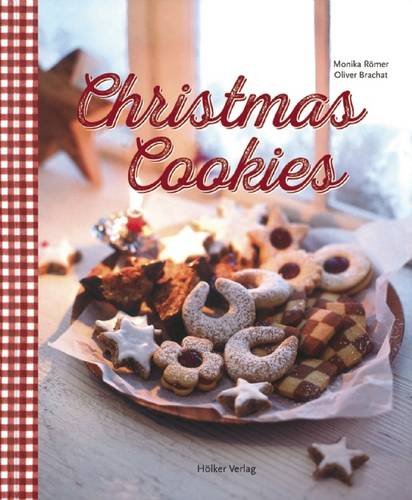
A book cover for Christmas Cookies: Dozens of Classic Yuletide Treats for the Whole Family; Monika Romer; Cookbooks, Food & Wine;